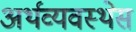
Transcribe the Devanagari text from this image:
अर्थव्यवस्थेस